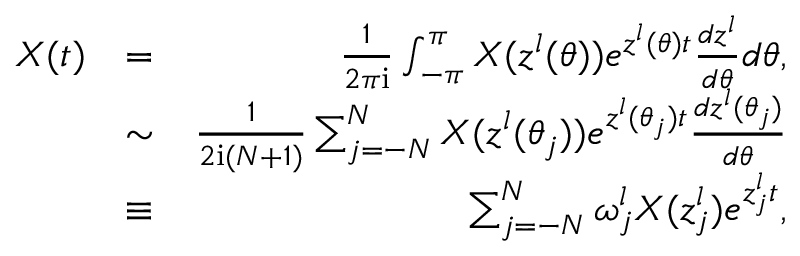
\begin{array} { r l r } { X ( t ) } & { = } & { \frac { 1 } { 2 \pi \mathrm { i } } \int _ { - \pi } ^ { \pi } X ( z ^ { l } ( \theta ) ) e ^ { z ^ { l } ( \theta ) t } \frac { d z ^ { l } } { d \theta } d \theta , } \\ & { \sim } & { \frac { 1 } { 2 \mathrm { i } ( N + 1 ) } \sum _ { j = - N } ^ { N } X ( z ^ { l } ( \theta _ { j } ) ) e ^ { z ^ { l } ( \theta _ { j } ) t } \frac { d z ^ { l } ( \theta _ { j } ) } { d \theta } } \\ & { \equiv } & { \sum _ { j = - N } ^ { N } \omega _ { j } ^ { l } X ( z _ { j } ^ { l } ) e ^ { z _ { j } ^ { l } t } , } \end{array}